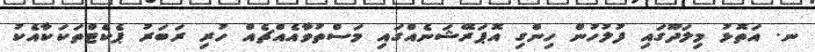
ނ. އަތޮޅު މިލަދޫގައި ފުލުހުން ހިންގި އޮޕަރޭޝަނެއްގައި މަސްތުވާއެއްޗެއް ހުރި ރަބަރު ޕެކެޓްތަކަކާއެކު